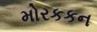
મોરકકન